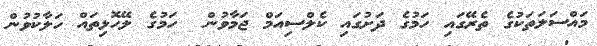
މައްސަލަތަކުގެ ތެރޭގައި ހަމުގެ ދަށުގައި ކެލްސިއަމް ޖަމާވުން  ހަމުގެ ލޭހޮޅިތައް ހަލާކުވުން